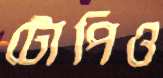
টোপিও